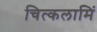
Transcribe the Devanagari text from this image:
चित्कलामिं